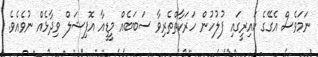
ނަމަވެސް އެގޭގެ ކައިރީގައި ފުލުހުން ހަރަކާތްތެރިވާ ސަބަބެއް މީޑީއާ އޮފިޝަލް ވިދާޅެއް ނުވެއެވެ.